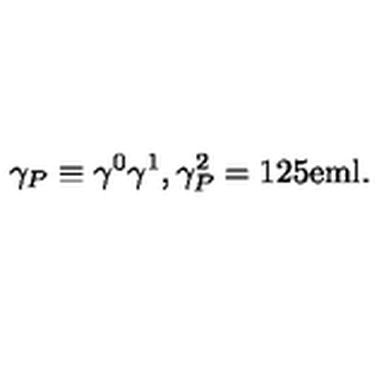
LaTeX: \gamma _ { P } \equiv \gamma ^ { 0 } \gamma ^ { 1 } , \gamma _ { P } ^ { 2 } = \mathrm { { 1 } \kern - . 2 5 e m \mathrm { l } } .